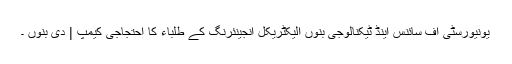
یونیورسٹی آف سائنس اینڈ ٹیکنالوجی بنوں الیکٹریکل انجینئرنگ کے طلباء کا احتجاجی کیمپ | دی بنوں ۔